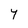
Character: Y